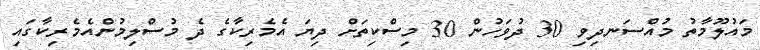
މައުލޫމާތު މުއްސަނދިވި 30 ދުވަހުން 30 މިސްކިތަށް ދިޔަ އެމެރިކާގެ ދެ މުސްލިމުންއެމެރިކާގައި